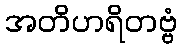
အတိဟရိတဗ္ဗံ